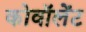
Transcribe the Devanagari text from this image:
कोवॉलेंट